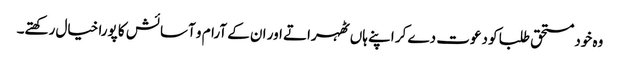
وہ خود مستحق طلبا کو دعوت دے کر اپنے ہاں ٹھہراتے اور ان کے آرام و آسائش کا پورا خیال رکھتے۔